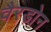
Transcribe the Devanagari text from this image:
वैरडोन